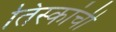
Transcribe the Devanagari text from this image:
तिस्कांची